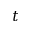
t